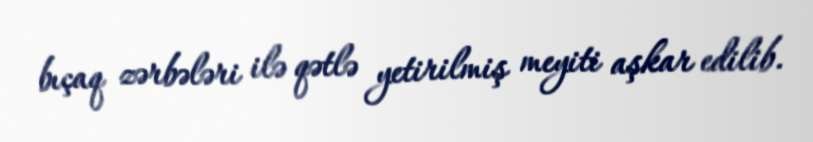
bıçaq zərbələri ilə qətlə yetirilmiş meyiti aşkar edilib.